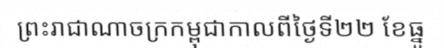
ព្រះរាជាណាចក្រកម្ពុជាកាលពីថ្ងៃទី២២ ខែធ្នូ